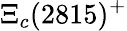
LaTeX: \Xi_{c}(2815)^{+}